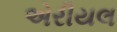
એરીયલ